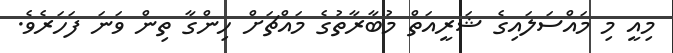
މިއީ މި މައްސަލައިގެ ޝަރީއަތް މުބާރާތުގެ މައްޗަށް ހިންގާ ތިން ވަނަ ފަހަރެވެ.